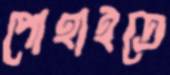
পোহাইতে